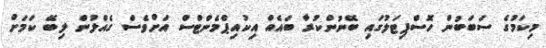
މިކަމުގެ ސަބަބުން ހޮސްޕިޓަލުގައި ބޭނުންކުރާ ބައެއް އިކުއިޕްމެންޓްސް އަށްވެސް ގެއްލުން ލިބޭ ކަމަށް